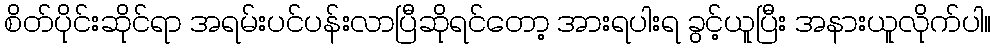
စိတ်ပိုင်းဆိုင်ရာ အရမ်းပင်ပန်းလာပြီဆိုရင်တော့ အားရပါးရ ခွင့်ယူပြီး အနားယူလိုက်ပါ။